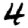
Digit: 4